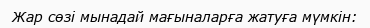
Жар сөзі мынадай мағыналарға жатуға мүмкін: